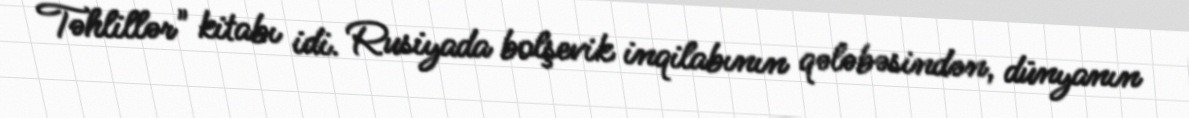
Təhlillər" kitabı idi. Rusiyada bolşevik inqilabının qələbəsindən, dünyanın